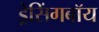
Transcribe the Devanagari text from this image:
ड्रेसिंगबॉय